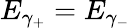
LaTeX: E_{\gamma_{+}}=E_{\gamma_{-}}